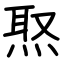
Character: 焣